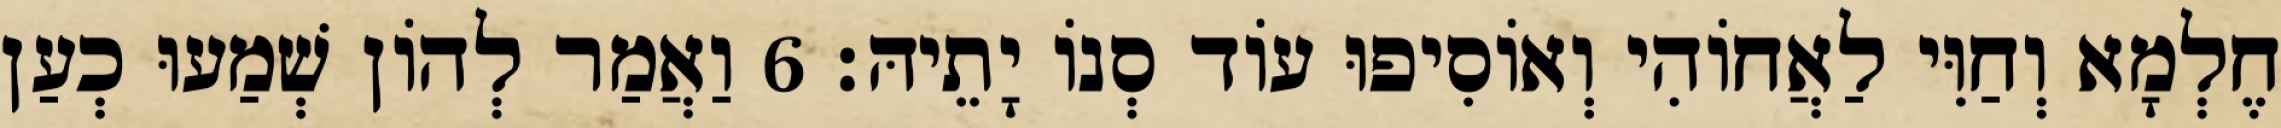
חֶלְמָא וְחַוִּי לַאֲחוֹהִי וְאוֹסִיפוּ עוֹד סְנוֹ יָתֵיהּ׃ 6 וַאֲמַר לְהוֹן שְׁמַעוּ כְעַן